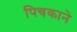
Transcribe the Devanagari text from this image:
पिचकाने